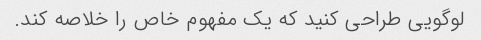
لوگویی طراحی کنید که یک مفهوم خاص را خلاصه کند.